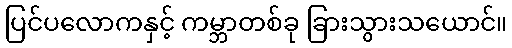
ပြင်ပလောကနှင့် ကမ္ဘာတစ်ခု ခြားသွားသယောင်။